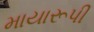
માયારૂપી